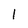
Character: l